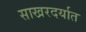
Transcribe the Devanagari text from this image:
साखरदर्यात